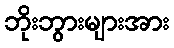
ဘိုးဘွားများအား